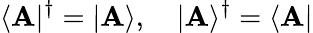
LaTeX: \langle\mathbf{A}|^{\dagger}=|\mathbf{A}\rangle,\quad|\mathbf{A}\rangle^{\dagger}=\langle\mathbf{A}|